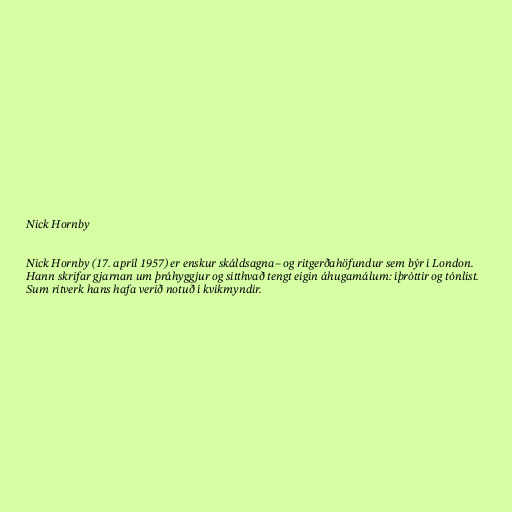
Nick Hornby

Nick Hornby (17. apríl 1957) er enskur skáldsagna– og ritgerðahöfundur sem býr í London.
Hann skrifar gjarnan um þráhyggjur og sitthvað tengt eigin áhugamálum: íþróttir og tónlist.
Sum ritverk hans hafa verið notuð í kvikmyndir.